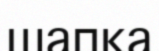
шапқа